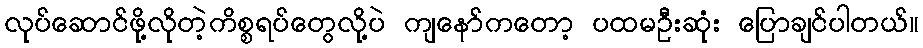
လုပ်ဆောင်ဖို့လိုတဲ့ကိစ္စရပ်တွေလို့ပဲ ကျနော်ကတော့ ပထမဦးဆုံး ပြောချင်ပါတယ်။